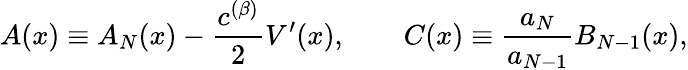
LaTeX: A(x)\equiv A_{N}(x)-\frac{c^{(\beta)}}{2}V^{\prime}(x),\qquad C(x)\equiv\frac{a_{N}}{a_{N-1}}B_{N-1}(x),